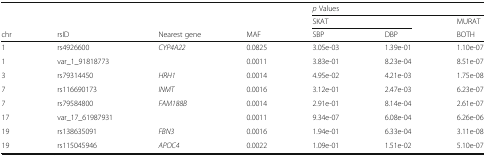
| <ROWSPAN=2-COLSPAN=4>  | <COLSPAN=3> p Values |
 | <COLSPAN=2> SKAT | MURAT |
 | chr | rsID | Nearest gene | MAF | SBP | DBP | BOTH |
 | --- | --- | --- | --- | --- | --- | --- |
 | 1 | rs4926600 | CYP4A22 | 0.0825 | 3.05e-03 | 1.39e-01 | 1.10e-07 |
 | 1 | var_1_91818773 |  | 0.0011 | 3.83e-01 | 8.23e-04 | 8.51e-07 |
 | 3 | rs79314450 | HRH1 | 0.0014 | 4.95e-02 | 4.21e-03 | 1.75e-08 |
 | 7 | rs116690173 | INMT | 0.0016 | 3.12e-01 | 2.47e-03 | 6.23e-07 |
 | 7 | rs79584800 | FAM188B | 0.0014 | 2.91e-01 | 8.14e-04 | 2.61e-07 |
 | 17 | var_17_61987931 |  | 0.0011 | 9.34e-07 | 6.08e-04 | 6.26e-06 |
 | 19 | rs138635091 | FBN3 | 0.0016 | 1.94e-01 | 6.33e-04 | 3.11e-08 |
 | 19 | rs115045946 | APOC4 | 0.0022 | 1.09e-01 | 1.51e-02 | 5.10e-07 |